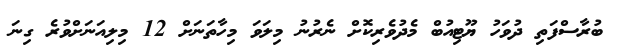
ބުރާސްފަތި ދުވަހު ޔޫޓިއުބް މެދުވެރިކޮށް ނެރުނު މިލަވަ މިހާތަނަށް 12 މިލިއަނަށްވުރެ ގިނަ